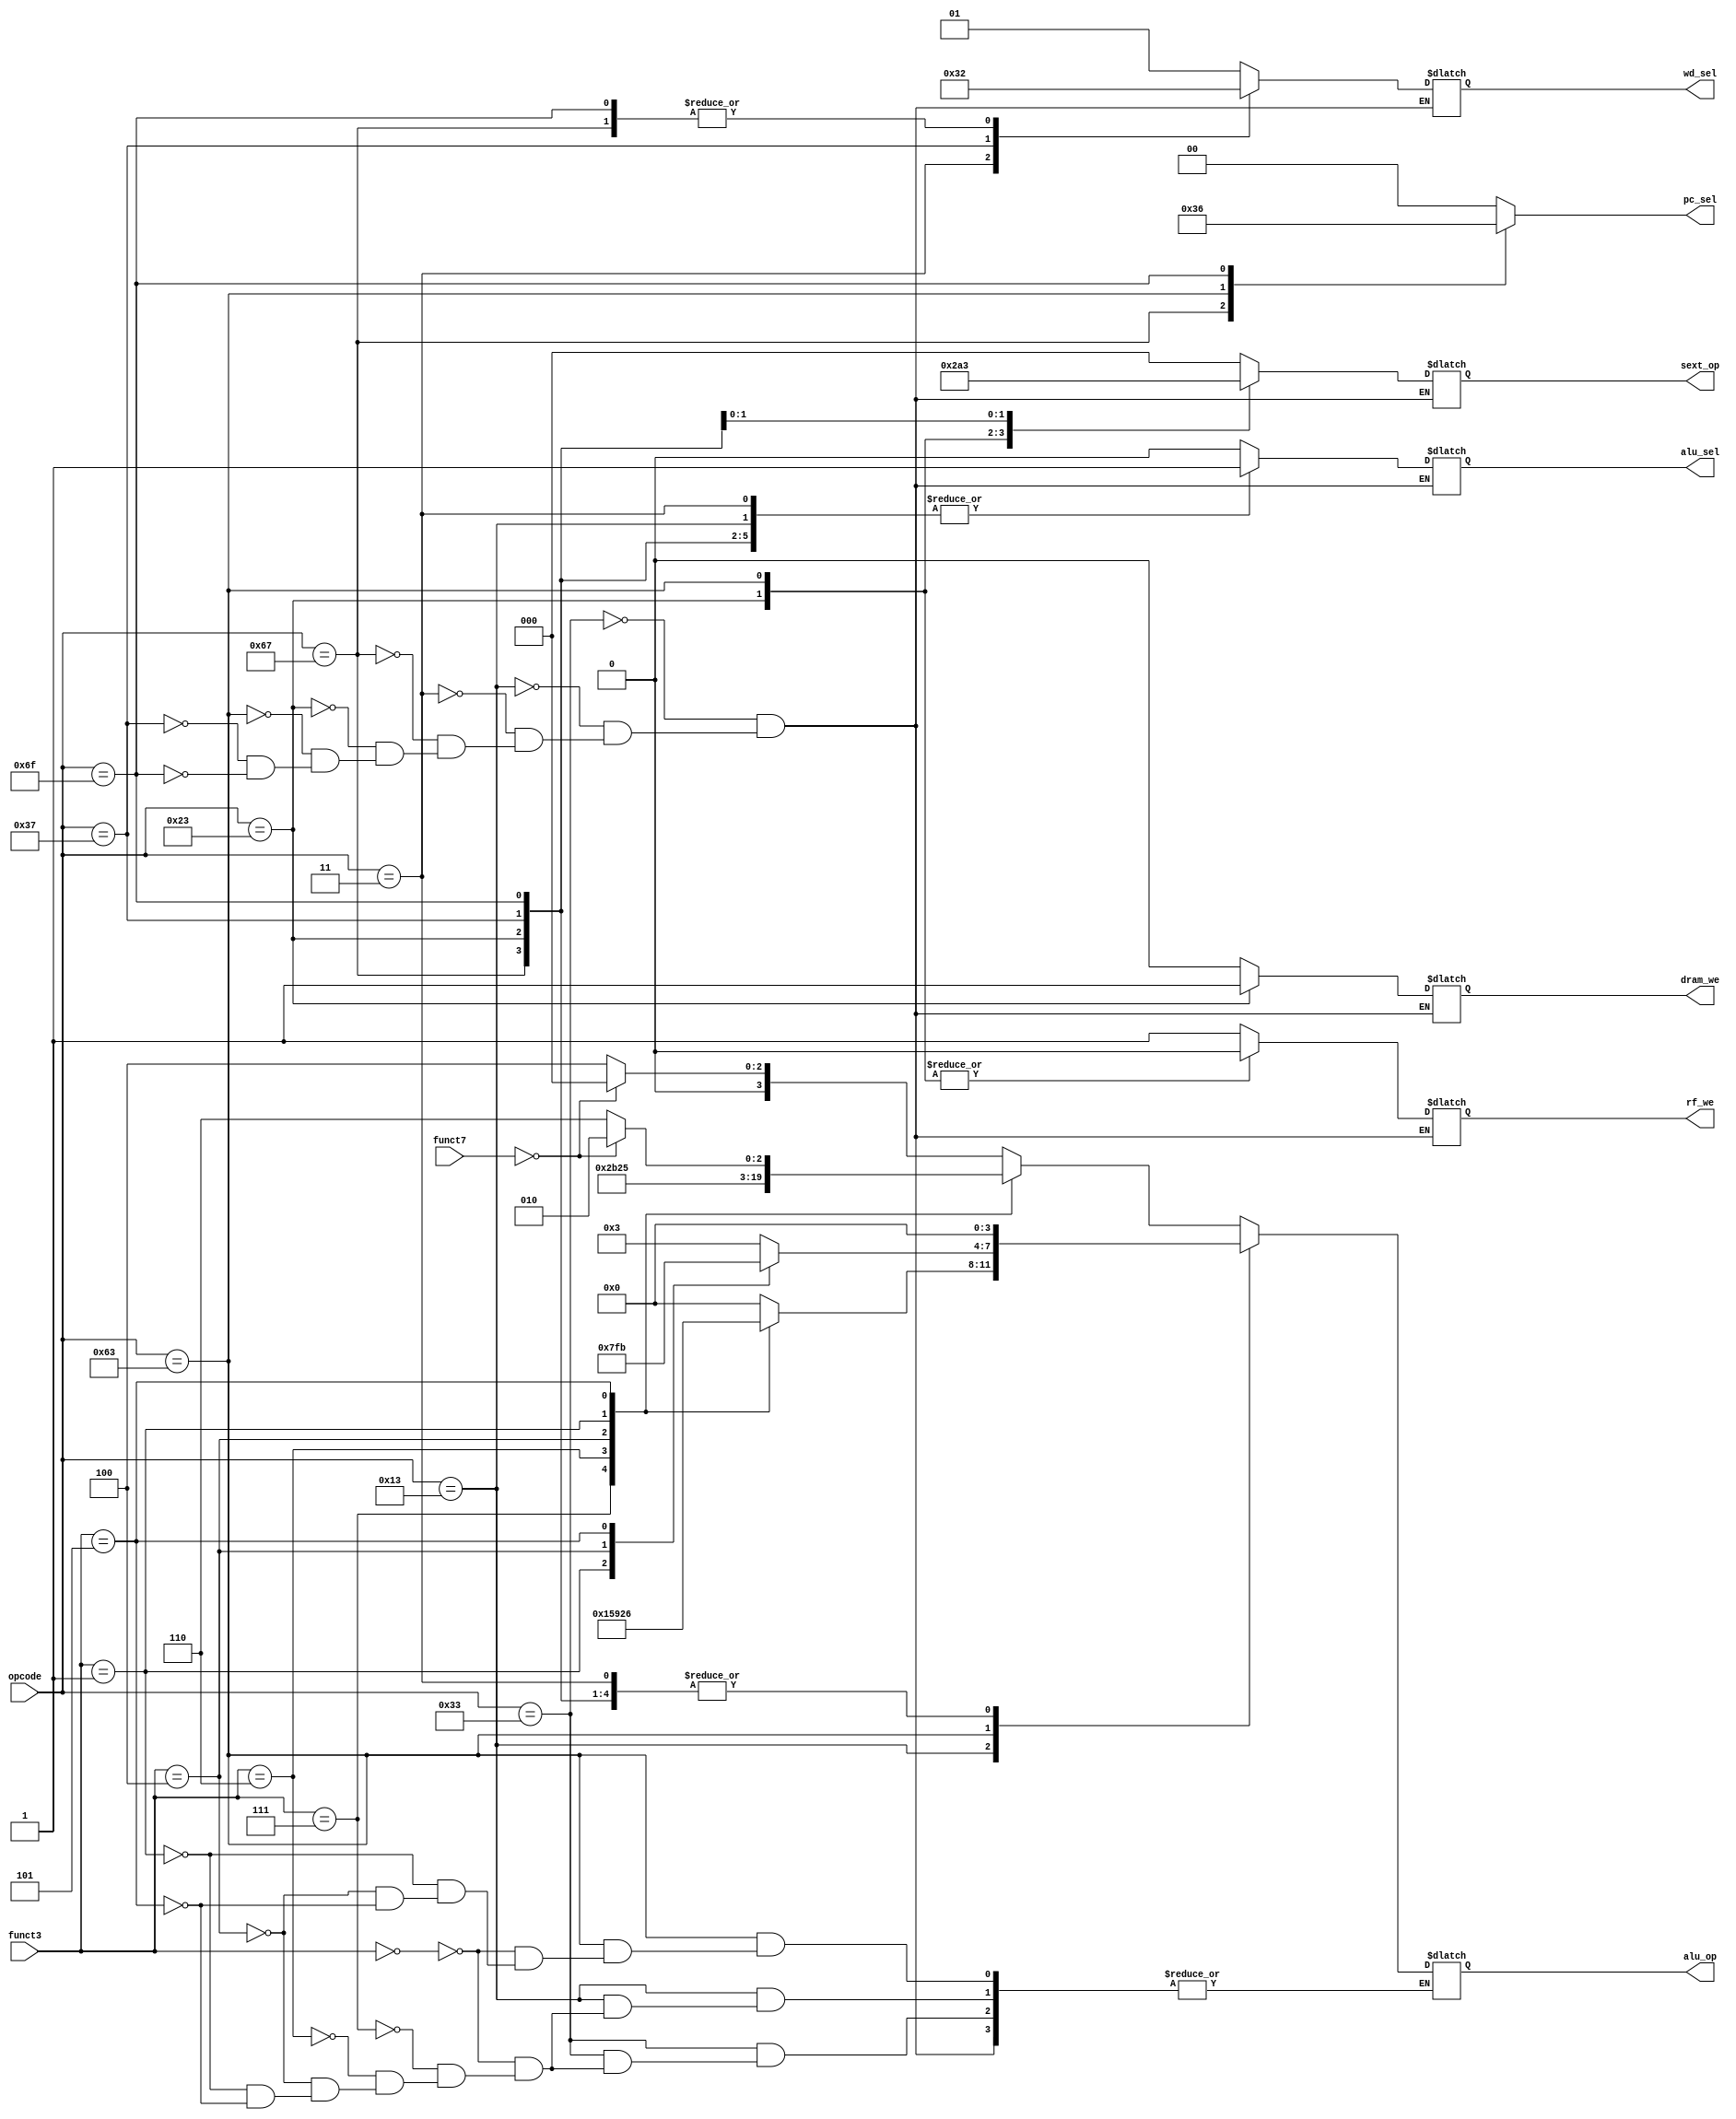
`timescale 1ns / 1ps
//////////////////////////////////////////////////////////////////////////////////
// Company: 
// Engineer: 
// 
// Design Name: 
// Module Name: control
// Project Name: 
// Target Devices: 
// Tool Versions: 
// Description: 
// 
// Dependencies: 
// 
// Revision:
// Revision 0.01 - File Created
// Additional Comments:
// 
//////////////////////////////////////////////////////////////////////////////////


module control(
    input [2:0] funct3,
    input [6:0] funct7,  
    input [6:0] opcode,  
    output reg rf_we,
    output reg dram_we,
    output reg alu_sel,
    output reg [1:0] pc_sel,
    output reg [1:0] wd_sel,
    output reg [2:0] sext_op,
    output reg [3:0] alu_op
    );
    
    always @(*) begin //rf_we
        case(opcode)
            7'b0110011:  //R
                rf_we = 1'b1;
            7'b0010011: //I
                rf_we = 1'b1;
            7'b0000011: //lw
                rf_we = 1'b1;
            7'b1100111: //jalr
                rf_we = 1'b1;
            7'b0100011: //sw
                rf_we = 1'b0;
            7'b1100011: //B
                rf_we = 1'b0;
            7'b0110111: //lui
                rf_we = 1'b1;
            7'b1101111: //jal
                rf_we = 1'b1;
        endcase
    end
    
    always @(*) begin //dram_we
        case(opcode)
            7'b0110011:  //R
                dram_we = 1'b0;
            7'b0010011: //I
                dram_we = 1'b0;
            7'b0000011: //lw
                dram_we = 1'b0;
            7'b1100111: //jalr
                dram_we = 1'b0;
            7'b0100011: //sw
                dram_we = 1'b1;
            7'b1100011: //B
                dram_we = 1'b0;
            7'b0110111: //lui
                dram_we = 1'b0;
            7'b1101111: //jal
                dram_we = 1'b0;
        endcase
    end
    
    always @(*) begin //alu_sel
        case(opcode)
            7'b0110011:  //R
                alu_sel = 1'b0;
            7'b0010011: //I
                alu_sel = 1'b1;
            7'b0000011: //lw
                alu_sel = 1'b1;
            7'b1100111: //jalr
                alu_sel = 1'b1; //X
            7'b0100011: //sw
                alu_sel = 1'b1;
            7'b1100011: //B
                alu_sel = 1'b0;
            7'b0110111: //lui
                alu_sel = 1'b1; //X
            7'b1101111: //jal
                alu_sel = 1'b1; //X
        endcase
    end
    
    always @(*) begin //pc_sel
        case(opcode)
            7'b0110011:  //R
                pc_sel = 2'b00;
            7'b0010011: //I
                pc_sel = 2'b00;
            7'b0000011: //lw
                pc_sel = 2'b00;
            7'b1100111: //jalr
                pc_sel = 2'b11;
            7'b0100011: //sw
                pc_sel = 2'b00;
            7'b1100011: //B
                pc_sel = 2'b01;
            7'b0110111: //lui
                pc_sel = 2'b00;
            7'b1101111: //jal
                pc_sel = 2'b10;
            default: 
                pc_sel = 2'b00;
        endcase
    end
    
    always @(*) begin //wd_sel
        case(opcode)
            7'b0110011:  //R
                wd_sel = 2'b01;
            7'b0010011: //I
                wd_sel = 2'b01;
            7'b0000011: //lw
                wd_sel = 2'b11;
            7'b1100111: //jalr
                wd_sel = 2'b10;
            7'b0100011: //sw
                wd_sel =2'b01; //X
            7'b1100011: //B
                wd_sel = 2'b01; //X
            7'b0110111: //lui
                wd_sel = 2'b00;
            7'b1101111: //jal
                wd_sel = 2'b10;
        endcase
    end
    
    always @(*) begin //sext_op
        case(opcode)
            7'b0110011:  //R
                sext_op = 3'b000;
            7'b0010011: //I
                sext_op = 3'b000;
            7'b0000011: //lw
                sext_op = 3'b000;
            7'b1100111: //jalr
                sext_op = 3'b000;
            7'b0100011: //sw
                sext_op = 3'b001;
            7'b1100011: //B
                sext_op = 3'b010;
            7'b0110111: //lui
                sext_op = 3'b100;
            7'b1101111: //jal
                sext_op = 3'b011;
        endcase
    end
    
    always @(*) begin //alu_op
        case(opcode)
            7'b0110011:  //R
                case(funct3)
                    3'b000:
                        if(funct7 == 7'b0000000)
                            alu_op = 4'b0000;//add
                        else
                            alu_op = 4'b0100;//sub
                    3'b111: alu_op = 4'b0001;//and
                    3'b110: alu_op = 4'b0101;//or
                    3'b100: alu_op = 4'b1001;//xor
                    3'b001: alu_op = 4'b0010;//sll slli
                    3'b101: 
                        if(funct7 == 7'b0000000)
                            alu_op = 4'b1010;//srl
                        else
                            alu_op = 4'b1110;//sra                          
                endcase
            7'b0010011: //I
                case(funct3)
                    3'b000: alu_op = 4'b0000;
                    3'b111: alu_op = 4'b0001;
                    3'b110: alu_op = 4'b0101;
                    3'b100: alu_op = 4'b1001;
                    3'b001: alu_op = 4'b0010;
                    3'b101: alu_op = 4'b0110;
                endcase
            7'b0000011: //lw
                alu_op = 4'b0000;    
            7'b1100111: //jalr
                alu_op = 4'b0000; //X
            7'b0100011: //sw
                alu_op = 4'b0000; //X
            7'b1100011: //B
                case(funct3)
                    3'b000: alu_op = 4'b0011;
                    3'b001: alu_op = 4'b0111;
                    3'b100: alu_op = 4'b1111;
                    3'b101: alu_op = 4'b1011;
                endcase
            7'b0110111: //lui
                alu_op = 4'b0000; //X
            7'b1101111: //jal
                alu_op = 4'b0000; //X
        endcase
    end

    
endmodule